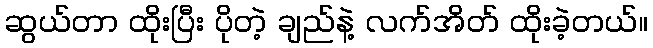
ဆွယ်တာ ထိုးပြီး ပိုတဲ့ ချည်နဲ့ လက်အိတ် ထိုးခဲ့တယ်။